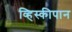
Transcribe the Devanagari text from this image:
व्हिस्कीपान